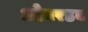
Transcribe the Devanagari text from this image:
ओवरडब